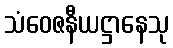
သံဝေဇနီယဋ္ဌာနေသု